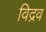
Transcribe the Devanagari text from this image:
विद्रव